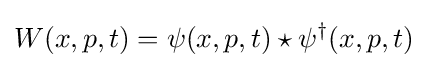
W(x,p,t)=\psi (x,p,t)\star \psi ^{\dagger }(x,p,t)